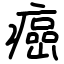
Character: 癌